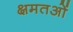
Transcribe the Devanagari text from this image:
क्षमतओं